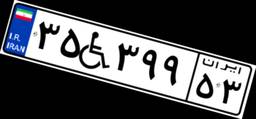
۶۵W۰۷۰۱۰